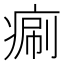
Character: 𤷯